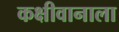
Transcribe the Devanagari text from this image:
कक्षीवानाला